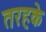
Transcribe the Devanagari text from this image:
तरहके